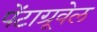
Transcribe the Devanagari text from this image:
पेंटाग्रूवेल